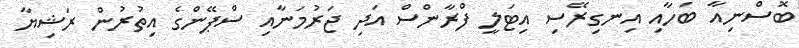
ބޮސްނިއާ ބަހާއި އިނގިރޭސި އިޓަލީ ފްރާންސް އަދި ޖަރުމަނާއި ސްޕޭންގެ އިތުރުން ރަޝިޔާ